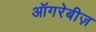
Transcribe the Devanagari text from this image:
ऑगरेबीज़